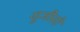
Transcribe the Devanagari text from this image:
युजीसी